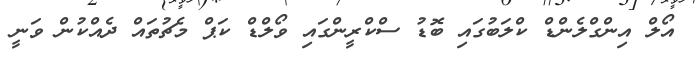
އޯލް އިންގްލެންޑް ކްލަބުގައި ބޮޑު ސްކްރީންގައި ވޯލްޑް ކަޕް މެޗުތައް ދެއްކުން ވަނީ